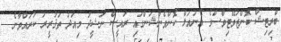
ބްރިޓިޝް ކޮންޒަވޭޓިވްސްގެ އެނުއަލް ކޮންވެންޝަންގައި ރައީސް ނަޝީދު މިއަދު ތަޤުރީރު ކުރައްވާނެ